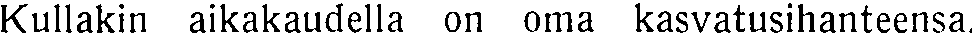
Kullakin aikakaudella on oma kasvatusihanteensa.